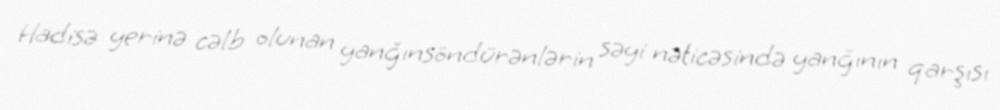
Hadisə yerinə cəlb olunan yanğınsöndürənlərin səyi nəticəsində yanğının qarşısı